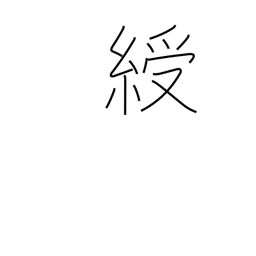
Meaning: ribbon